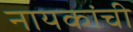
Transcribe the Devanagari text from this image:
नायकांची